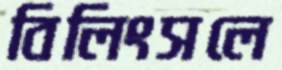
বিলিংসলে